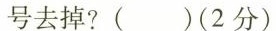
号去掉?( )(2分)